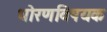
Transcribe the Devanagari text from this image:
धोरणविषयक